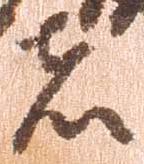
者